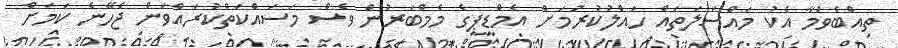
ތިއްބެވުމާ އެކު މައްސަލަތައް ހައްލުކުރުމަށް އެމްޑީޕީގެ މެމްބަރުން ވެސް މަސައްކަތްކުރައްވަން ޖެހޭނެ ކަމަށް